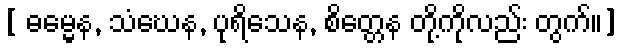
[ ဓမ္မေန, သံဃေန, ပုရိသေန, စိတ္တေန တို့ကိုလည်း တွက်။]